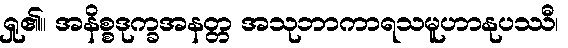
ရှု၏။ အနိစ္စဒုက္ခအနတ္တ အသုဘာကာရသမူဟာနုပဿီ၊